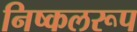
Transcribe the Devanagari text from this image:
निष्कलरूप